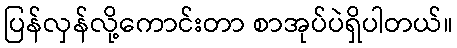
ပြန်လှန်လို့ကောင်းတာ စာအုပ်ပဲရှိပါတယ်။